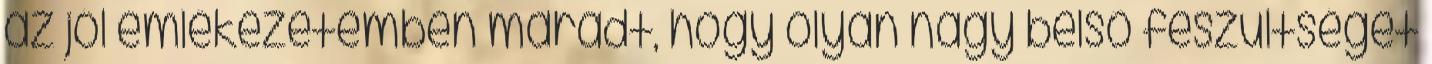
az jól emlékezetemben maradt, hogy olyan nagy belső feszültséget